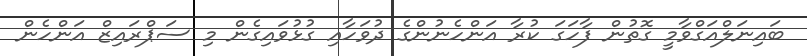
ބައިނަލްއަގްވާމީ ގޮތުން ފާހަގަ ކުރާ އަންހެނުންގެ ދުވަހާއި ގުޅުވައިގެން މި ސަޕްރައިޒް އަންހެން